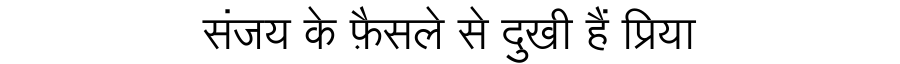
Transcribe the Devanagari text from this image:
संजय के फ़ैसले से दुखी हैं प्रिया